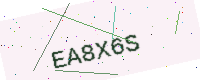
Text: EA8X6S